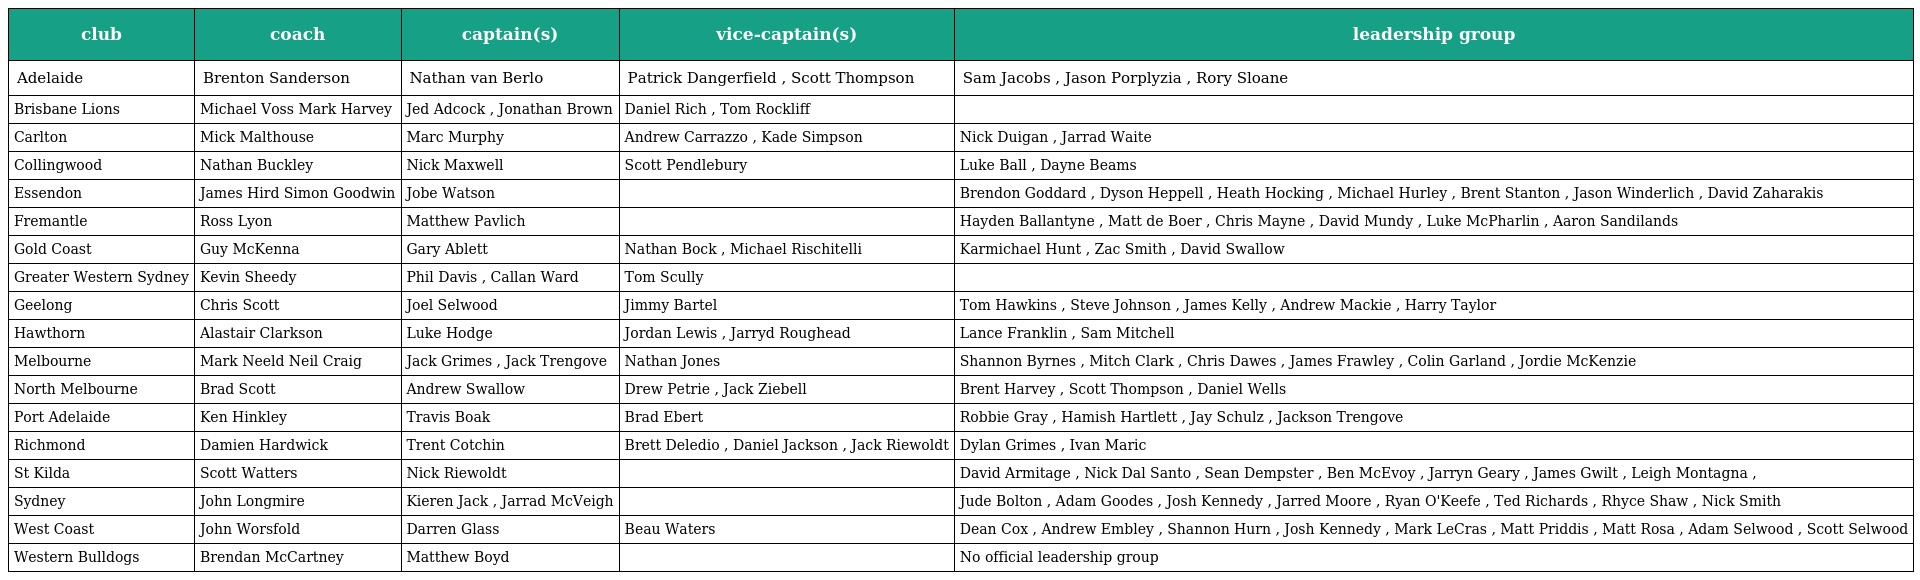
| club | coach | captain(s) | vice-captain(s) | leadership group |
 | --- | --- | --- | --- | --- |
 | Adelaide | Brenton Sanderson | Nathan van Berlo | Patrick Dangerfield , Scott Thompson | Sam Jacobs , Jason Porplyzia , Rory Sloane |
 | Brisbane Lions | Michael Voss Mark Harvey | Jed Adcock , Jonathan Brown | Daniel Rich , Tom Rockliff |  |
 | Carlton | Mick Malthouse | Marc Murphy | Andrew Carrazzo , Kade Simpson | Nick Duigan , Jarrad Waite |
 | Collingwood | Nathan Buckley | Nick Maxwell | Scott Pendlebury | Luke Ball , Dayne Beams |
 | Essendon | James Hird Simon Goodwin | Jobe Watson |  | Brendon Goddard , Dyson Heppell , Heath Hocking , Michael Hurley , Brent Stanton , Jason Winderlich , David Zaharakis |
 | Fremantle | Ross Lyon | Matthew Pavlich |  | Hayden Ballantyne , Matt de Boer , Chris Mayne , David Mundy , Luke McPharlin , Aaron Sandilands |
 | Gold Coast | Guy McKenna | Gary Ablett | Nathan Bock , Michael Rischitelli | Karmichael Hunt , Zac Smith , David Swallow |
 | Greater Western Sydney | Kevin Sheedy | Phil Davis , Callan Ward | Tom Scully |  |
 | Geelong | Chris Scott | Joel Selwood | Jimmy Bartel | Tom Hawkins , Steve Johnson , James Kelly , Andrew Mackie , Harry Taylor |
 | Hawthorn | Alastair Clarkson | Luke Hodge | Jordan Lewis , Jarryd Roughead | Lance Franklin , Sam Mitchell |
 | Melbourne | Mark Neeld Neil Craig | Jack Grimes , Jack Trengove | Nathan Jones | Shannon Byrnes , Mitch Clark , Chris Dawes , James Frawley , Colin Garland , Jordie McKenzie |
 | North Melbourne | Brad Scott | Andrew Swallow | Drew Petrie , Jack Ziebell | Brent Harvey , Scott Thompson , Daniel Wells |
 | Port Adelaide | Ken Hinkley | Travis Boak | Brad Ebert | Robbie Gray , Hamish Hartlett , Jay Schulz , Jackson Trengove |
 | Richmond | Damien Hardwick | Trent Cotchin | Brett Deledio , Daniel Jackson , Jack Riewoldt | Dylan Grimes , Ivan Maric |
 | St Kilda | Scott Watters | Nick Riewoldt |  | David Armitage , Nick Dal Santo , Sean Dempster , Ben McEvoy , Jarryn Geary , James Gwilt , Leigh Montagna , |
 | Sydney | John Longmire | Kieren Jack , Jarrad McVeigh |  | Jude Bolton , Adam Goodes , Josh Kennedy , Jarred Moore , Ryan O'Keefe , Ted Richards , Rhyce Shaw , Nick Smith |
 | West Coast | John Worsfold | Darren Glass | Beau Waters | Dean Cox , Andrew Embley , Shannon Hurn , Josh Kennedy , Mark LeCras , Matt Priddis , Matt Rosa , Adam Selwood , Scott Selwood |
 | Western Bulldogs | Brendan McCartney | Matthew Boyd |  | No official leadership group |